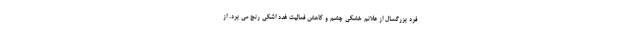
فرد بزرگسال از علائم خشکی چشم و کاهش فعالیت غدد اشکی رنج می برد. از